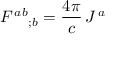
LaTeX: F ^ { \, a b } { } _ { ; b } = { \frac { 4 \pi } { c } } \, J ^ { \, a }